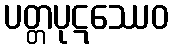
ပတ္တပုဋဿေဝ